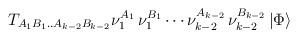
LaTeX: \begin{align*}T_{A_1B_1..A_{k-2}B_{k-2}}\nu_1^{A_1} \, \nu_1^{B_1} \cdots \nu_{k-2}^{A_{k-2}} \,\nu_{k-2}^{B_{k-2}} \,\vert \Phi \rangle \end{align*}